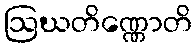
ဩဃတိဏ္ဏောတိ